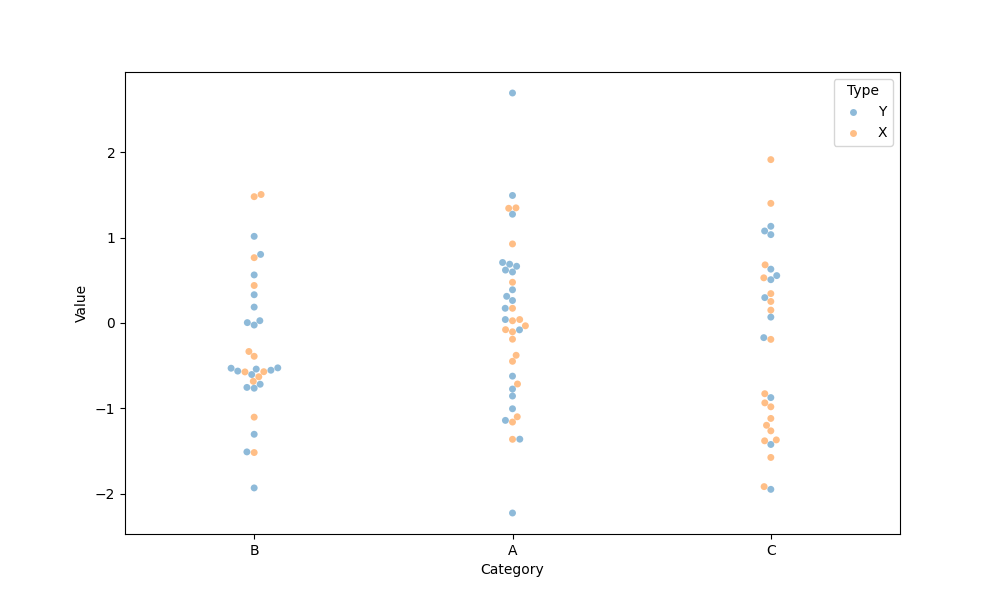
python, seaborn, swarmplot, dodge=False, alpha=0.5, size=5